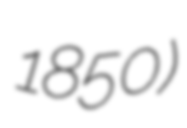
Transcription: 1850)